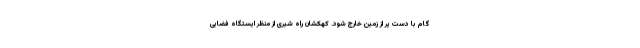
گام با دست پر از زمین خارج شود. کهکشان راه شیری از منظر ایستگاه فضایی